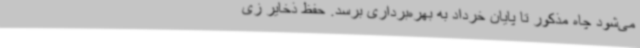
می‌شود چاه مذکور تا پایان خرداد به بهره‌برداری برسد. حفظ ذخایر زی